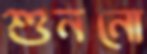
শুননো